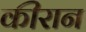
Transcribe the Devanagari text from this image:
कीरान